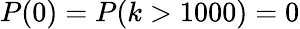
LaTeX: P(0)=P(k>1000)=0